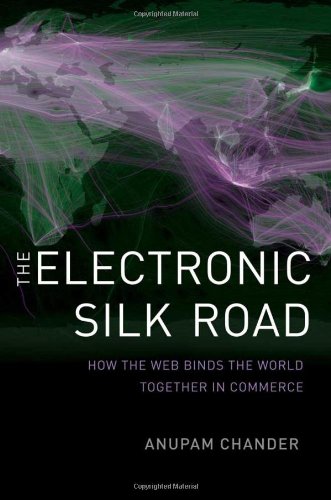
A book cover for The Electronic Silk Road: How the Web Binds the World Together in Commerce; Anupam Chander; Computers & Technology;